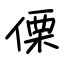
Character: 傈